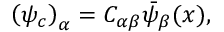
\left( \psi _ { c } \right) _ { \alpha } = C _ { \alpha \beta } \bar { \psi } _ { \beta } ( x ) ,